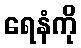
ရေနံကို